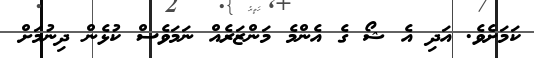
ކަމަށެވެ. އަދި އެ ޝޯ ގެ އެންމެ މަންޒަރެއް ނަމަވެސް ކުޅެން ދިނުމަށް